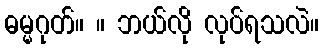
ဓမ္မဂုတ်။ ။ ဘယ်လို လုပ်ရသလဲ။